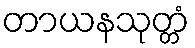
တာယနသုတ္တံ